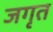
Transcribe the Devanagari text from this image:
जगृत